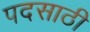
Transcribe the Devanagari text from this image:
पदसाठी